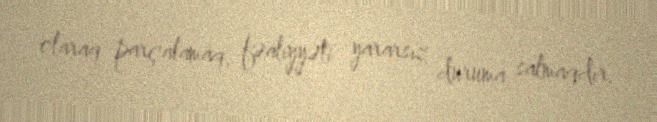
olaraq parçalamaq, fəaliyyəti yararsız duruma salmaqdır.